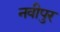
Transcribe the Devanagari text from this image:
नवीपुर